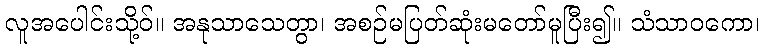
လူအပေါင်းသို့ဝ်။ အနုသာသေတွာ၊ အစဉ်မပြတ်ဆုံးမတော်မူပြီး၍။ သံသာဝကော၊